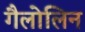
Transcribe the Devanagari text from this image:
गैलोलिन